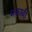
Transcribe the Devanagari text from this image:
मकाबी